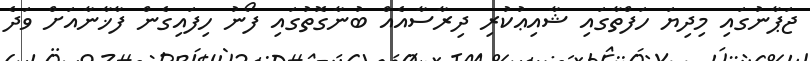
ޖަޕާނުގައި މިދިޔަ ހަފްތާގައި ޝާއިޢުކުރި ދިރާސާއެއް ބުނާގޮތުގައި ފޯނު ހިފައިގެން ފާޚާނާއަށް ވަދެ